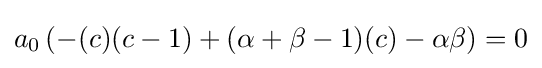
a_{0}\left(-(c)(c-1)+(\alpha +\beta -1)(c)-\alpha \beta \right)=0